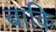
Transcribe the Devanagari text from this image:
बाक़ि